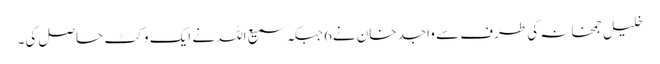
خلیل جمخانہ کی طرف سے واجد خان نے6جبکہ سمیع اللہ نے ایک وکٹ حاصل کی۔